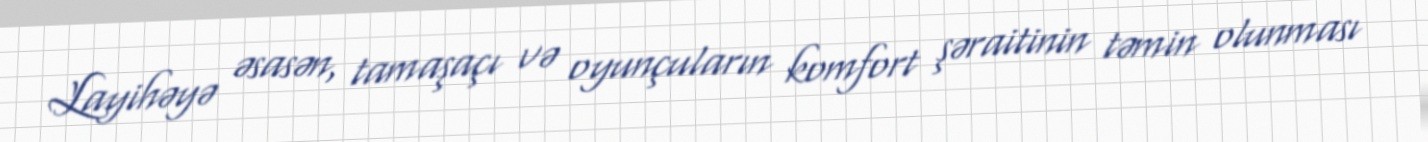
Layihəyə əsasən, tamaşaçı və oyunçuların komfort şəraitinin təmin olunması